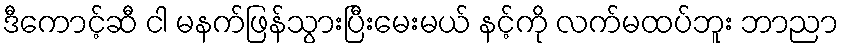
ဒီကောင့်ဆီ ငါ မနက်ဖြန်သွားပြီးမေးမယ် နင့်ကို လက်မထပ်ဘူး ဘာညာ